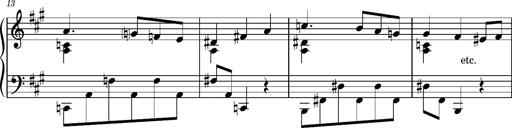
Title: Album-Leaf, S.166s
Composer: Franz Liszt
Key: F-sharp minor